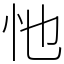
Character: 忚